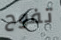
تفوح